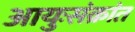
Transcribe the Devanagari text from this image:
आयुःसंक्रांत